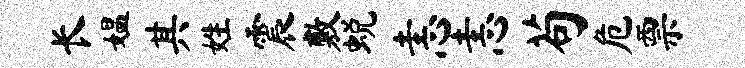
长媪其姓震敷蜕恚恚苟危票